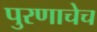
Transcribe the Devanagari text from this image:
पुरणाचेच